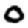
Digit: 0